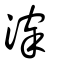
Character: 滓